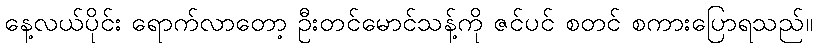
နေ့လယ်ပိုင်း ရောက်လာတော့ ဦးတင်မောင်သန့်ကို ဇင်ပင် စတင် စကားပြောရသည်။